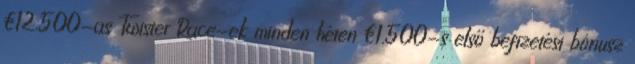
€12.500-as Twister Race-ek minden héten €1.500-s első befizetési bónusz